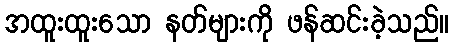
အထူးထူးသော နတ်များကို ဖန်ဆင်းခဲ့သည်။